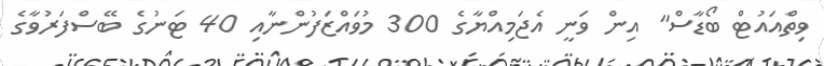
ވިތްއައުޓް ބޯޑާސް" އިން ވަނީ އެޖަމިއްޔާގެ 300 މުވައްޒަފުންނާއި 40 ޓަނުގެ ބޭސްފަރުވާގެ